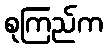
စုကြည်က